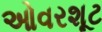
ઓવરશૂટ